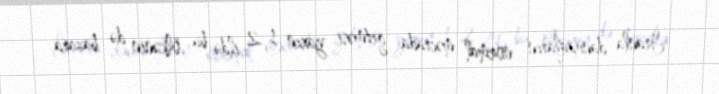
İranla danışıqların normal məcrada getməsi yaxın 1-2 ildə bu ölkənin də bazara